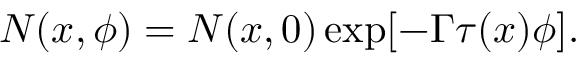
N ( x , \phi ) = N ( x , 0 ) \exp [ - \Gamma \tau ( x ) \phi ] .